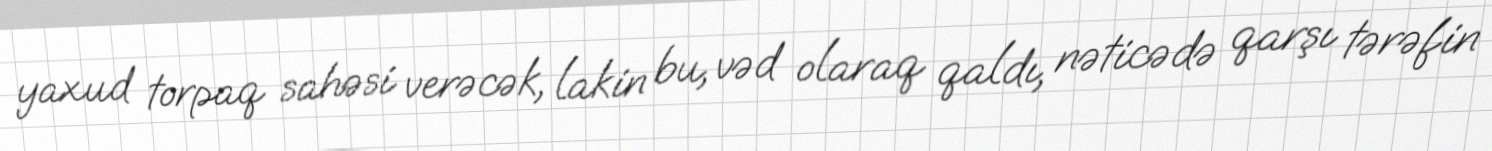
yaxud torpaq sahəsi verəcək, lakin bu, vəd olaraq qaldı, nəticədə qarşı tərəfin